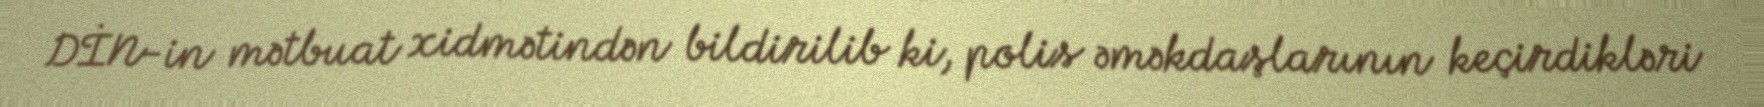
DİN-in mətbuat xidmətindən bildirilib ki, polis əməkdaşlarının keçirdikləri